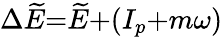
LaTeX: \Delta\widetilde{E}{=}\widetilde{E}{+}(I_{p}{+}m\omega)